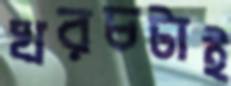
খরচটাই